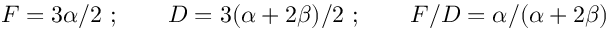
F = 3 \alpha / 2 \ ; \qquad D = 3 ( \alpha + 2 \beta ) / 2 \ ; \qquad { F / D } = { \alpha } / ( \alpha + 2 \beta )